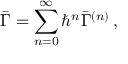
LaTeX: \bar { \Gamma } = \sum _ { n = 0 } ^ { \infty } { \hbar } ^ { n } \bar { \Gamma } ^ { ( n ) } \, ,